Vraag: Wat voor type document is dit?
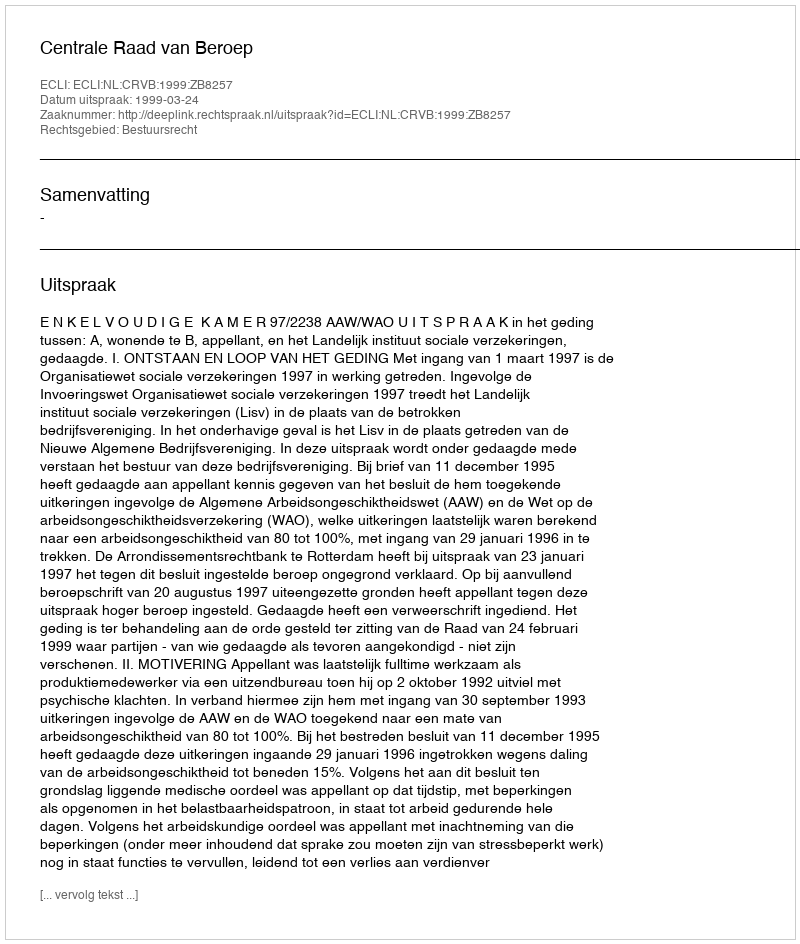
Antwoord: Uitspraak